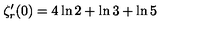
\zeta _ { r } ^ { \prime } ( 0 ) = 4 \ln 2 + \ln 3 + \ln 5